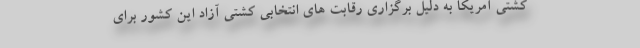
کشتی آمریکا به دلیل برگزاری رقابت های انتخابی کشتی آزاد این کشور برای